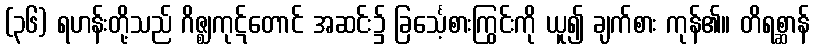
(၃၆) ရဟန်းတို့သည် ဂိဇ္ဈကုဋ်တောင် အဆင်း၌ ခြင်္သေ့စားကြွင်းကို ယူ၍ ချက်စား ကုန်၏။ တိရစ္ဆာန်